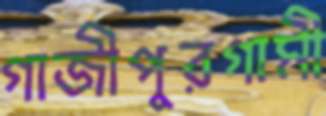
গাজীপুরগামী